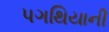
પગથિયાની